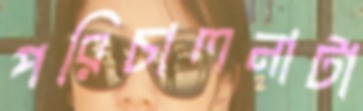
পরিচালনাটা